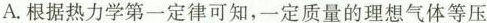
A.根据热力学第一定律可知，一定质量的理想气体等压